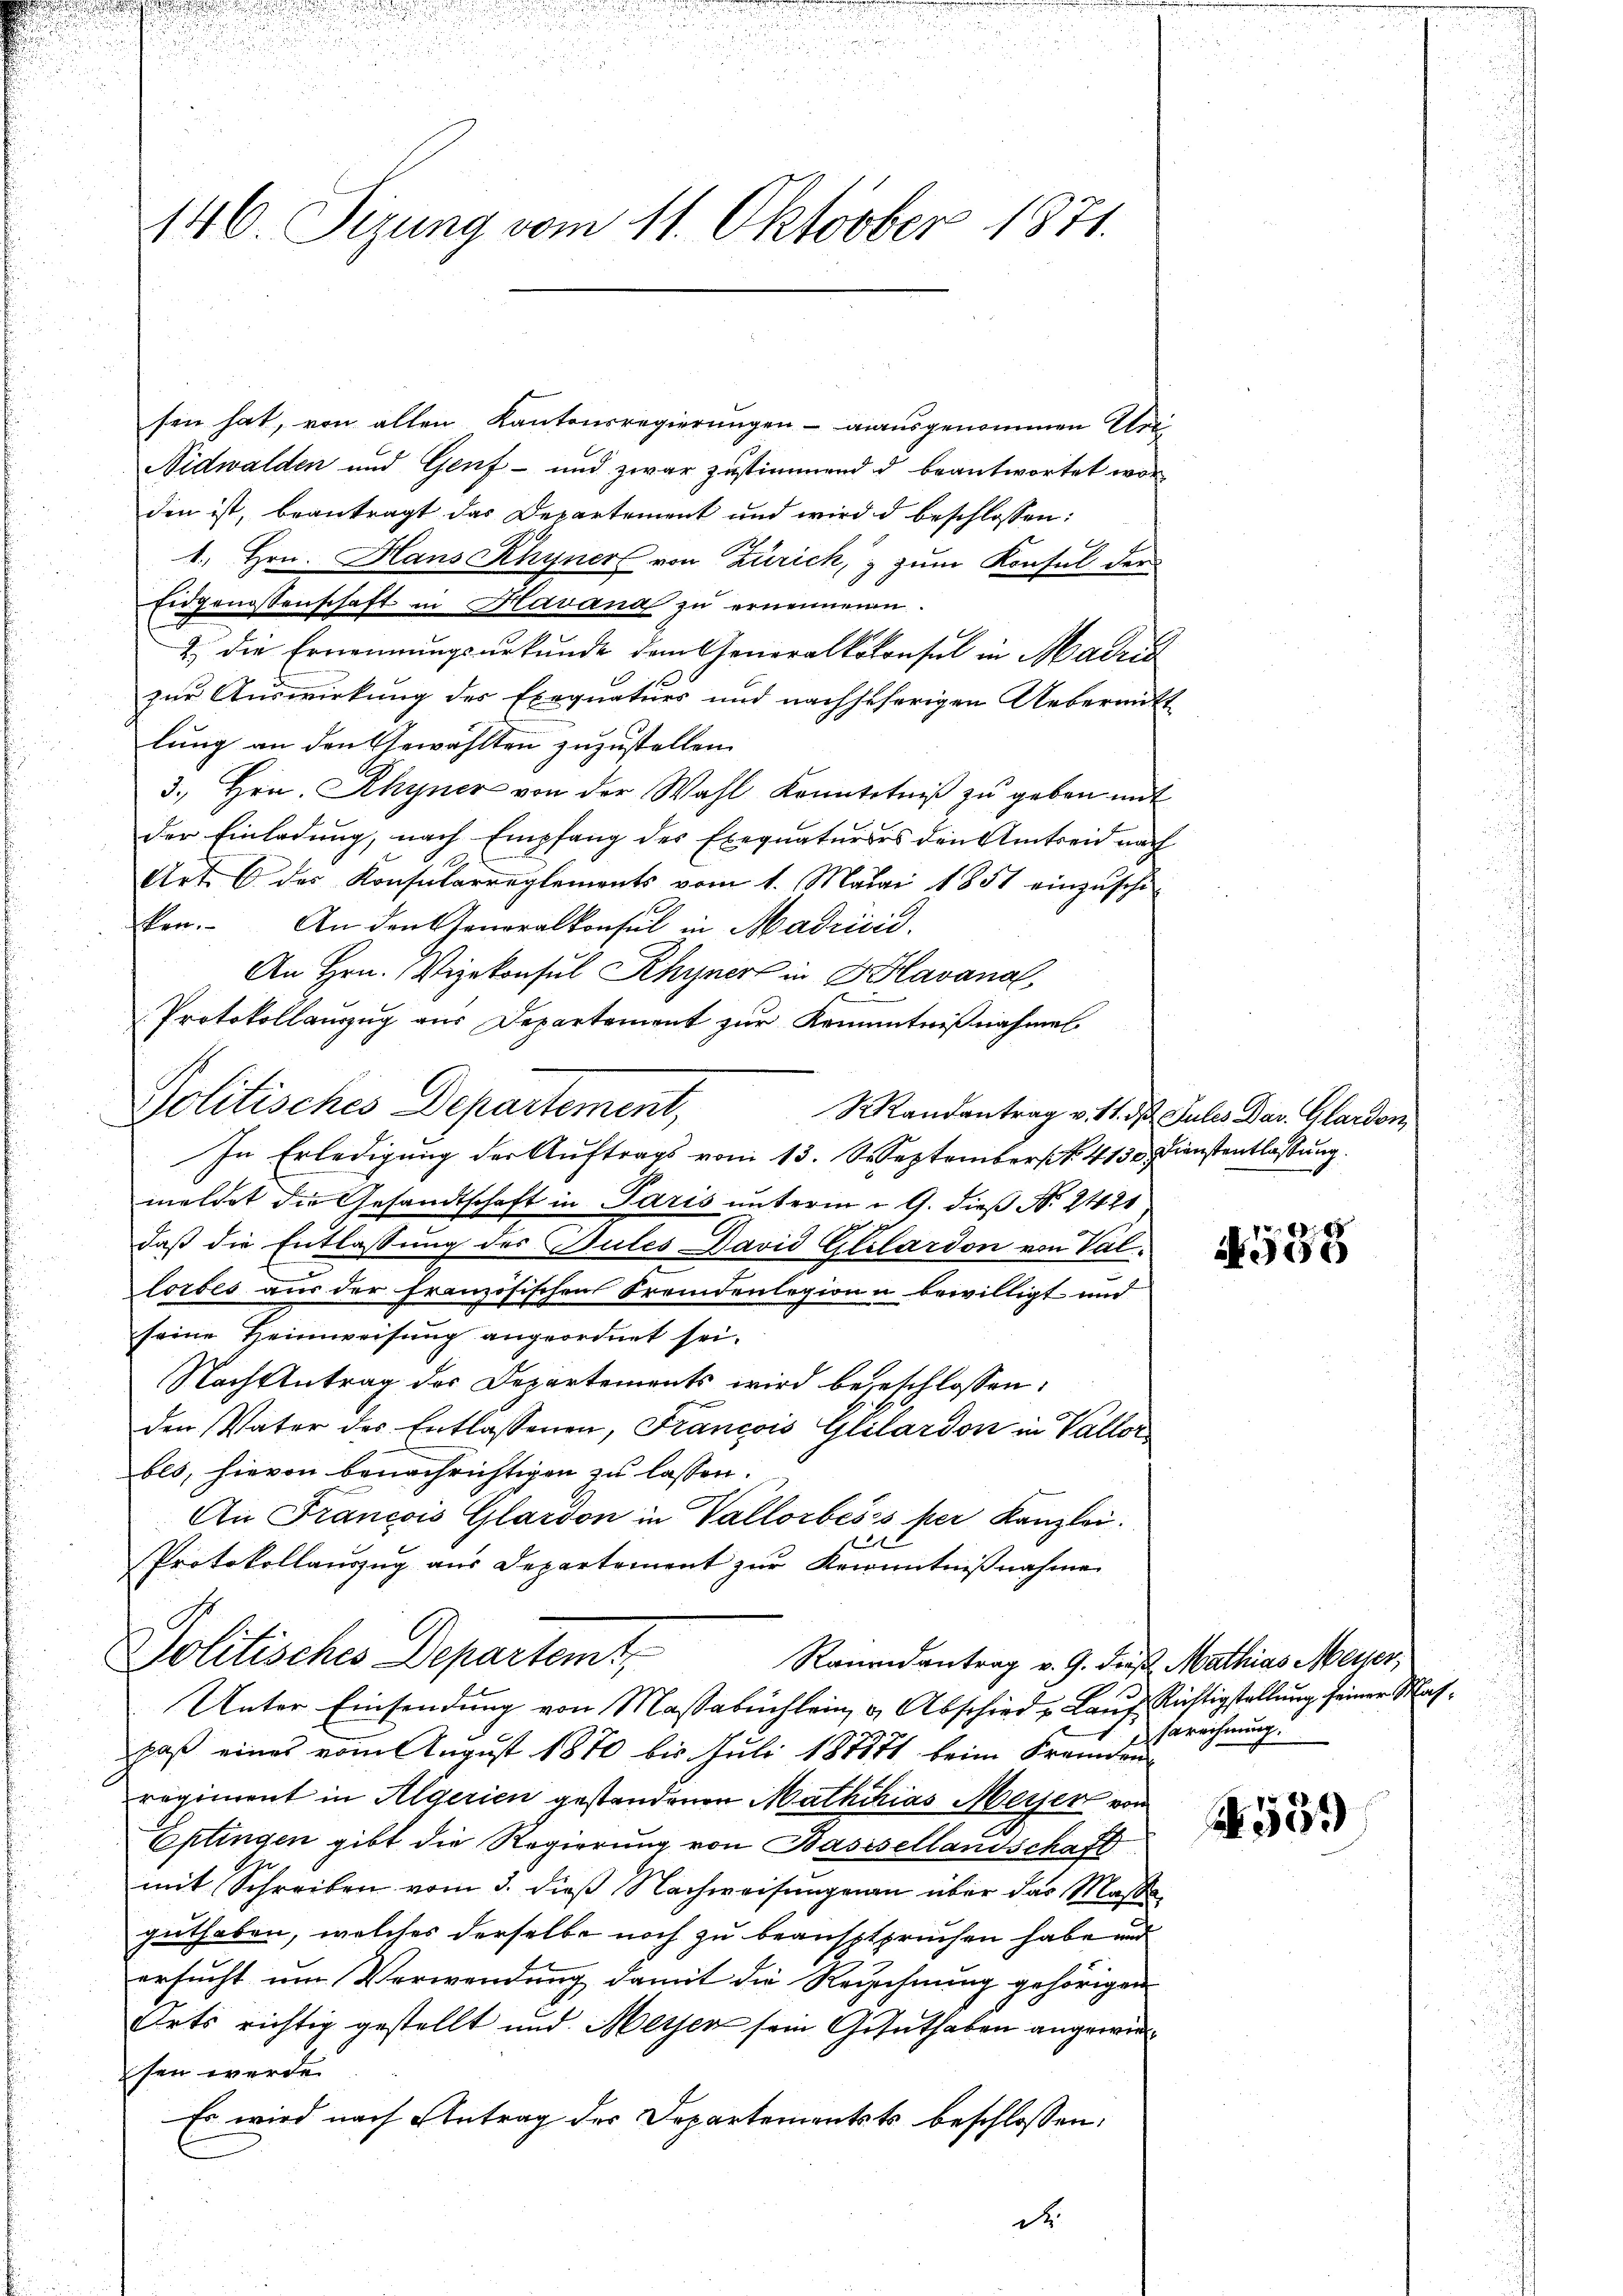
146. Sizung vom 11. Oktober 1871.

sen hat, von allen Kantonsregierungen - ausgenommen Ur¬
Nidwalden und Genf und zwar zustimmend d beantwortet worden ist, beantragt das Departement und wird d beschlossen:
1. Hrn. Hans Khyner von Zürich, zum Konsul der
Eidgenossenschaft in Havana zu ernennenen
2 die Ernennungsurkunde dem Generalkokonsul in Madrid
zur Auswirkung des Exequaturs und nachseherigen Ueberauft
lung an den Gewählten zuzustellen.
3. Hrn. Rhyner von der Wahl Kenntniβ zŭ geben mit
der Einladung, nach Empfang des Exequaturers den Amtseid nach
Art. 6 der Konsularreglements vom 1. Maini 1851 einzŭsche
kon. An den Generalkonsul in Madrid.
An Hrn. Vizekonsul Rhyner in Blavana,
Protokollauszug aus Departement zur Kamnntnißnahmel
Mandantrag v. 11. d. Jules Dav. Glardon
In Erledigung der Auftrags vom 13. S. September No. 4130. Dienstentlassung.
meldet die Gesandtschaft in Paris unterm 19. dieß Nr. 2421
daß die Entlassung des Gutes David Glilardon von Vallorbes aus der französischen Fremdenlegion u bewilligt und
seine Heimweisung angeordnet sei.
Nach Antrag des Departements wird begeschlossen:
den Vater des Entlassenen, Francois Glilardon in Vallor
bls, hievon benachrichtigen zu lassen.
An Francois Glardon in Vallorbeses per Kanzlei.
t
Protokollaŭszŭg aŭs Departement zŭr Kenntniβnahme
Politisches Departemt,
Rauendantrag v. 9. dieß Mathias Meiser,
Unter Einsendung von Massabuchlein, u. Abschied - Lauf Richtigstellung seiner Masgaß eines vom August 1870 bis Juli 187871 beim Fremden
regiment in Algerien gestandenen Mathikias Meier von
Eptingen gibt die Regierung von Basisellandschaft
mit Schreiben vom 3. dieß Nachweisungenen über das Maße
guthaben, welches derselbe noch zu beanspruchen habe und
ersucht um Verwendung damit die Reichnung gehörigen
Orts richtig gestellt und Meyer sein Gesuthaben angewiesen werde.
Es wird nach Antrag der Departementsts beschlossen:
d.

Politisches Departement,

8
300

sarechnung.

A.559